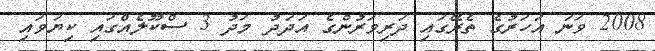
2008 ވަނަ އަހަރުގެ ތެރޭގައި ދަރިވަރުންގެ އަދަދު މަދު 3 ސްކޫލެއްގައި ކިޔަވައި